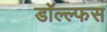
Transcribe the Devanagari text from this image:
डॉल्ल्फस